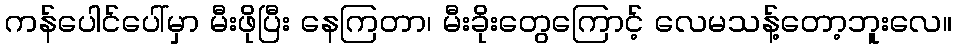
ကန်ပေါင်ပေါ်မှာ မီးဖိုပြီး နေကြတာ၊ မီးခိုးတွေကြောင့် လေမသန့်တော့ဘူးလေ။